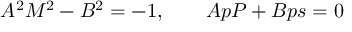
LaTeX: A ^ { 2 } M ^ { 2 } - B ^ { 2 } = - 1 , \qquad A p P + B p s = 0